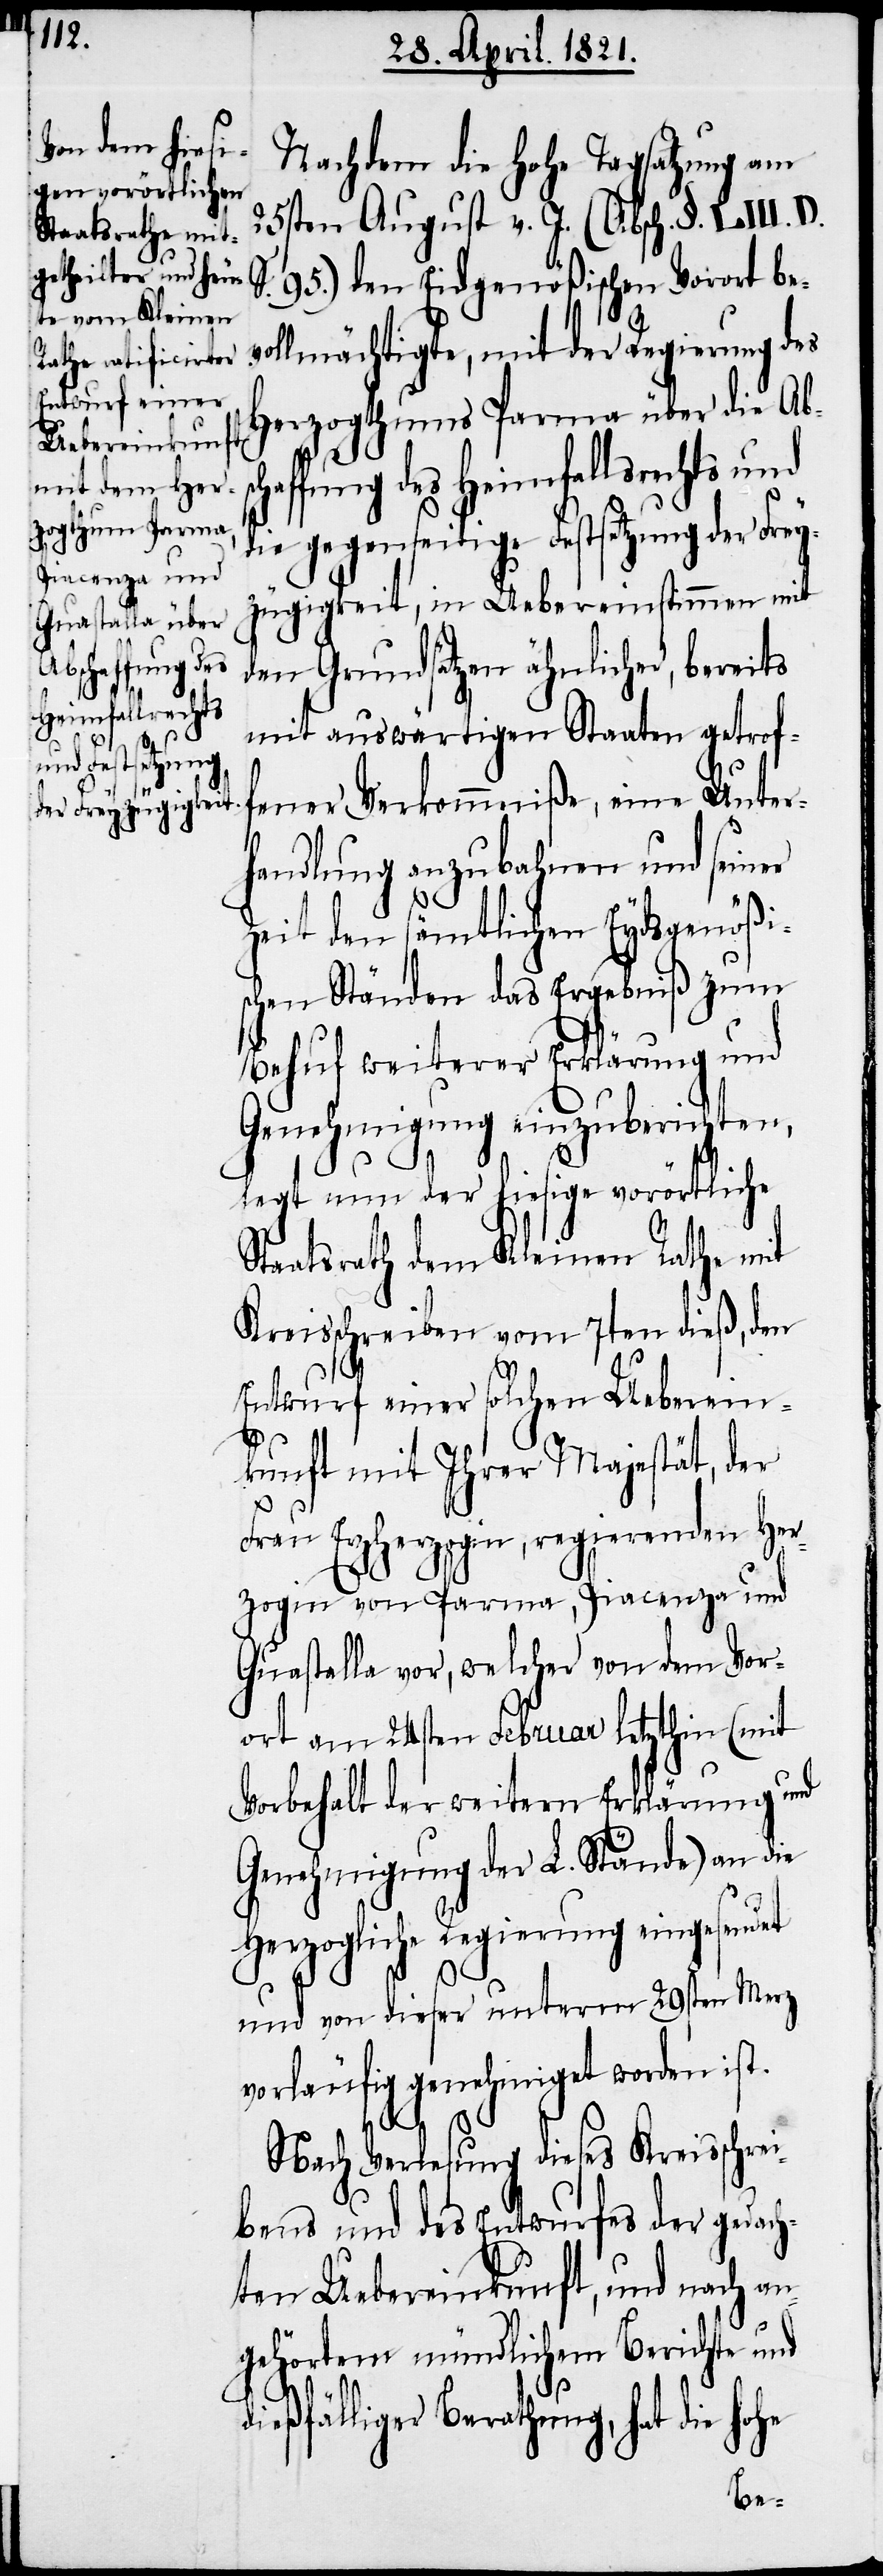
schaffung des
Heimfallsrechts

Nachdem die hohe Tagsatzung am
25sten August v. J. (Absch. §. LIII. D.
95.) den Eydsgenößischen Vorort be¬
ollmächtigte, mit der Regierung des
Herzogthums Parma über die Ab¬
die gegenseitige Festsetzung der Frey¬
zügigkeit, in Uebereinstimmen mit
den Grundsätzen ähnlicher, bereits
mit auswärtigen Staaten getroff¬
ener Verkommniße, eine Unter¬
handlung anzubahnen und seiner
Zeit den sämtlichen Eydsgenößi¬
schen Ständen das Ergebniß zum
Behuf weiterer Erklärung und
Genehmigung einzuberichten,
legt nun der hiesige vorörtliche
Staatsrath dem Kleinen Rathe mit
Kreisschreiben vom 7ten dieß, den
Entwurf einer solchen Ueberein¬
v¬
kunft mit Ihrer Majestät, der
Frau Erzherzogin, regierenden Her¬
zogin von Parma, Piacenza und
Guastalla vor, welcher von dem Vor¬
ort am 24sten Februar letzthin (mit
Vorbehalt der weitern Erklärung und
Genehmigung der L. Stände) an die
Herzogliche Regierung eingesendet
und von dieser unterm 29sten Merz
vorläufig genehmigt worden ist.
Nach Verlesung dieses Kreisschrei¬
bens und des Entwurfes der gedach¬
ten Uebereinkunft, und nach an¬
gehörtem mündlichem Berichte und
dießfälliger Berathung, hat die hohe